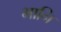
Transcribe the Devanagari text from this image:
भानि